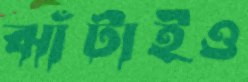
ঝাঁটাইও